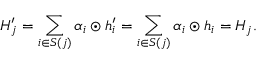
H _ { j } ^ { \prime } = \sum _ { i \in S ( j ) } \alpha _ { i } \odot h _ { i } ^ { \prime } = \sum _ { i \in S ( j ) } \alpha _ { i } \odot h _ { i } = H _ { j } .